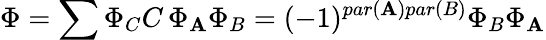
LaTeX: \Phi=\sum\Phi_{C}C\, \Phi_{\mathbf{A}}\Phi_{B}=(-1)^{par(\mathbf{A})par(B)}\Phi_{B}\Phi_{\mathbf{A}}